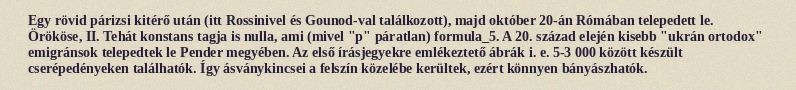
Egy rövid párizsi kitérő után (itt Rossinivel és Gounod-val találkozott), majd október 20-án Rómában telepedett le. Örököse, II. Tehát konstans tagja is nulla, ami (mivel "p" páratlan) formula_5. A 20. század elején kisebb "ukrán ortodox" emigránsok telepedtek le Pender megyében. Az első írásjegyekre emlékeztető ábrák i. e. 5-3 000 között készült cserépedényeken találhatók. Így ásványkincsei a felszín közelébe kerültek, ezért könnyen bányászhatók.